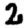
Digit: 2